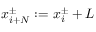
x _ { i + N } ^ { \pm } : = x _ { i } ^ { \pm } + L